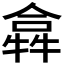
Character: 𤛈